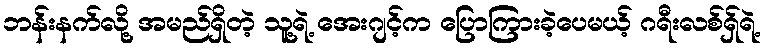
ဘန်းနက်လို့ အမည်ရှိတဲ့ သူ့ရဲ့ အေးဂျင့်က ပြောကြားခဲ့ပေမယ့် ဂရီးလစ်ရှ်ရဲ့